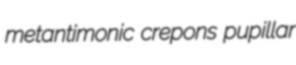
metantimonic crepons pupillar